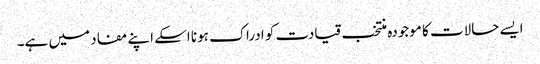
ایسے حالات کا موجودہ منتخب قیادت کو ادراک ہونا اسکے اپنے مفاد میں ہے۔